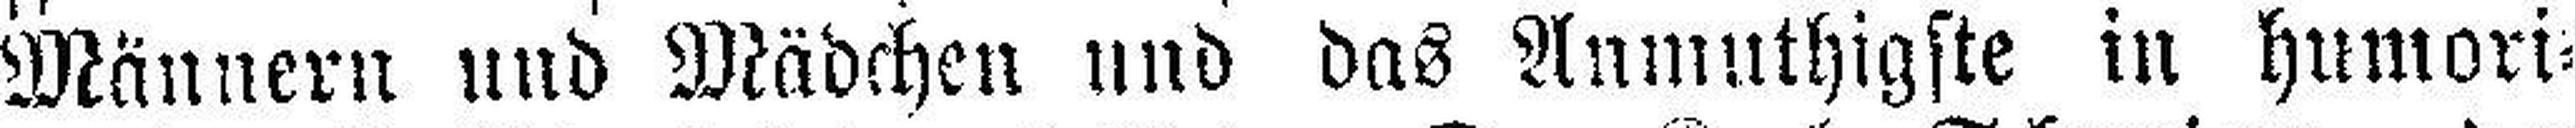
Männern und Mädchen und das Anmuthigste in humori¬